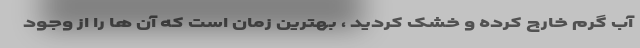
آب گرم خارج کرده و خشک کردید ، بهترین زمان است که آن ها را از وجود